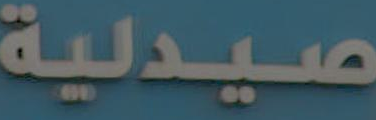
صيدلية